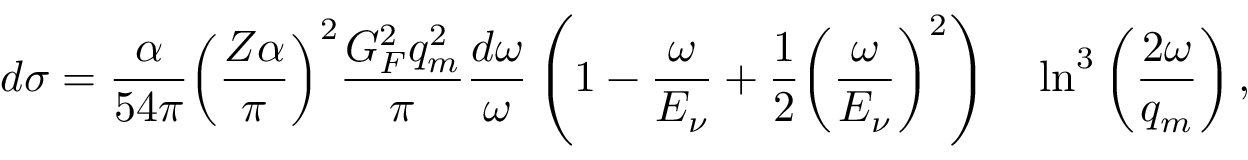
d \sigma = { \frac { \alpha } { 5 4 \pi } } { \left( \frac { Z \alpha } { \pi } \right) } ^ { 2 } { \frac { G _ { F } ^ { 2 } q _ { m } ^ { 2 } } { \pi } } { \frac { d \omega } { \omega } } \left( 1 - { \frac { \omega } { E _ { \nu } } } + { \frac { 1 } { 2 } } { \left( \frac { \omega } { E _ { \nu } } \right) } ^ { 2 } \right) \quad \ln ^ { 3 } \left( { \frac { 2 \omega } { q _ { m } } } \right) ,